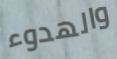
والهدوء